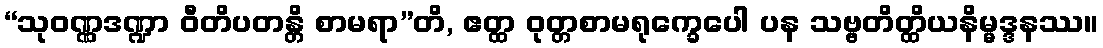
“သုဝဏ္ဏဒဏ္ဍာ ဝီတိပတန္တိ စာမရာ”တိ, ဧတ္ထ ဝုတ္တစာမရုက္ခေပေါ ပန သဗ္ဗတိတ္ထိယနိမ္မဒ္ဒနဿ။